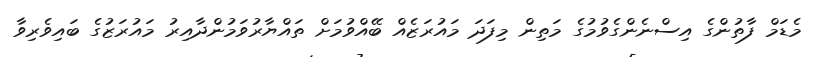
މެޑަމް ފާތުންގެ އިސްނެންގެވުމުގެ މަތިން މިފަދަ މައުރަޒެއް ބޭއްވުމަށް ތައްޔާރުވަމުންދާއިރު މައުރަޒުގެ ބައިވެރިވާ